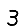
Digit: 3